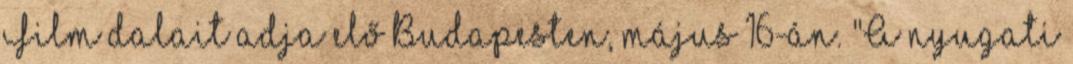
Film dalait adja elő Budapesten, május 16-án. "A nyugati